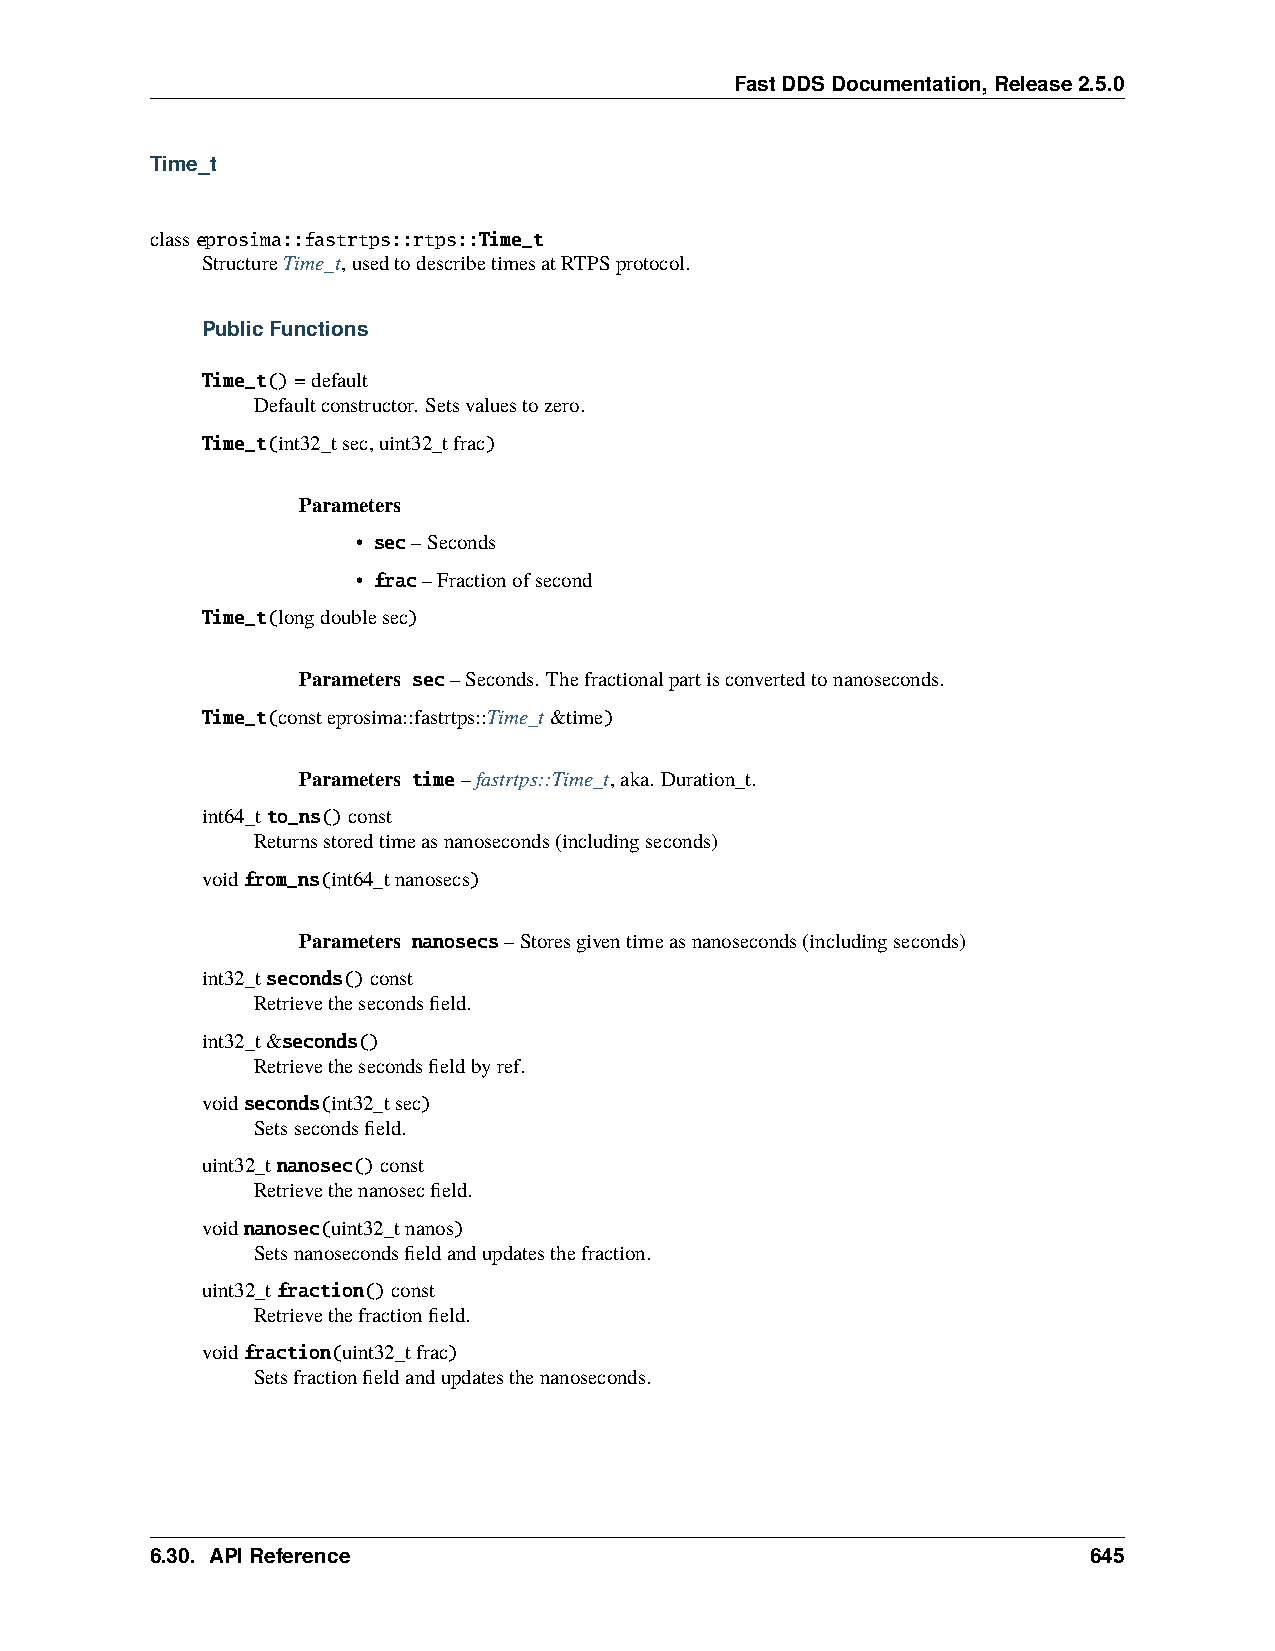
FastDDSDocumentation,Release2.5.0
 Time_t
 classeprosima::fastrtps::rtps::Time_t
 StructureTime_t,usedtodescribetimesatRTPSprotocol.
 PublicFunctions
 Time_t()=default
 Defaultconstructor. Setsvaluestozero.
 Time_t(int32_tsec,uint32_tfrac)
 Parameters
 • sec–Seconds
 • frac–Fractionofsecond
 Time_t(longdoublesec)
 Parameters sec–Seconds. Thefractionalpartisconvertedtonanoseconds.
 Time_t(consteprosima::fastrtps::Time_t&time)
 Parameters time–fastrtps::Time_t,aka. Duration_t.
 int64_tto_ns()const
 Returnsstoredtimeasnanoseconds(includingseconds)
 voidfrom_ns(int64_tnanosecs)
 Parameters nanosecs–Storesgiventimeasnanoseconds(includingseconds)
 int32_tseconds()const
 Retrievethesecondsfield.
 int32_t&seconds()
 Retrievethesecondsfieldbyref.
 voidseconds(int32_tsec)
 Setssecondsfield.
 uint32_tnanosec()const
 Retrievethenanosecfield.
 voidnanosec(uint32_tnanos)
 Setsnanosecondsfieldandupdatesthefraction.
 uint32_tfraction()const
 Retrievethefractionfield.
 voidfraction(uint32_tfrac)
 Setsfractionfieldandupdatesthenanoseconds.
 6.30. APIReference                                            645